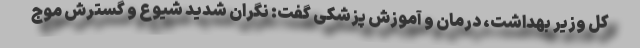
کل وزیر بهداشت، درمان و آموزش پزشکی گفت: نگران شدید شیوع و گسترش موج